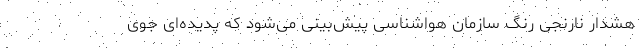
هشدار نارنجی ‌رنگ سازمان هواشناسی پیش‌بینی می‌شود که پدیده‌ای جوی